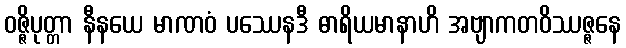
ဝဇ္ဇိပုတ္တာ နီနယေ မာဏဝံ ပဿေနဒီ ဓာရိယမာနာဟိ အဗျာကတဝိဿဇ္ဇနေ